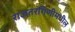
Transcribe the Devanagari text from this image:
राजतरंगिणीमधील